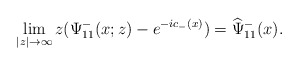
\begin{align*}\lim _{|z| \rightarrow \infty}z(\Psi^-_{11}(x;z)-e^{-ic_-(x)})=\widehat{\Psi}^-_{11}(x).\end{align*}